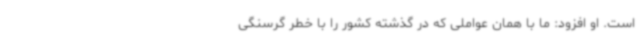
است. او افزود: ما با همان عواملی که در گذشته کشور را با خطر گرسنگی